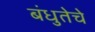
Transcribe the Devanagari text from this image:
बंधुतेचे